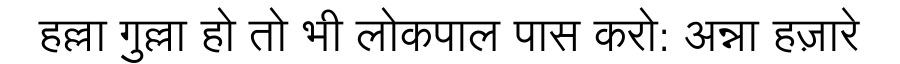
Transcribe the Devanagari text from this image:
हल्ला गुल्ला हो तो भी लोकपाल पास करो: अन्ना हज़ारे